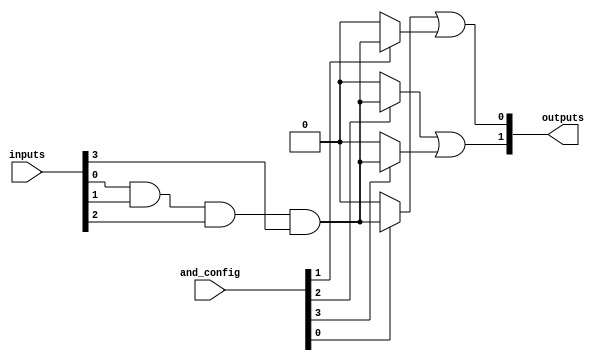
module SPAL #(
    parameter NUM_INPUTS = 4,     // Number of inputs
    parameter NUM_AND_GATES = 4,   // Number of programmable AND gates
    parameter NUM_OR_GATES = 2      // Number of fixed OR gates
)(
    input wire [NUM_INPUTS-1:0] inputs, // Input signals
    input wire [NUM_AND_GATES-1:0] and_config, // Configuration for AND gates
    output wire [NUM_OR_GATES-1:0] outputs // Final outputs from OR gates
);

// Programmable AND array
wire [NUM_AND_GATES-1:0] and_outputs [0:NUM_INPUTS-1]; // AND outputs for each input combination

genvar i, j;
generate
    for (i = 0; i < NUM_AND_GATES; i = i + 1) begin : and_gate
        assign and_outputs[i] = (and_config[i]) ? 
            (inputs[0] & inputs[1] & inputs[2] & inputs[3]) : 0; // Example logic
    end
endgenerate

// Fixed OR array
assign outputs[0] = and_outputs[0] | and_outputs[1]; // OR gate 1
assign outputs[1] = and_outputs[2] | and_outputs[3]; // OR gate 2

endmodule